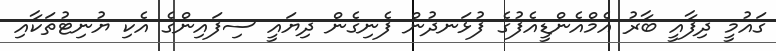
ގައުމީ ދިފާއީ ބާރު އެމްއެންޑީއެފުގެ ފުޅަނދުން ފެނިގެން ދިޔައީ ސިފައިންގެ އެކި ޔުނިޓުތަކާއި